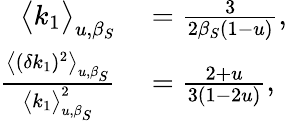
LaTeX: \begin{array}{rl}{\big<k_{1}\big>_{u,\beta_{S}}}&{{}=\frac{3}{2\beta_{S}(1-u)},}\\ {\frac{\big<(\delta k_{1})^{2}\big>_{u,\beta_{S}}}{\big<k_{1}\big>_{u,\beta_{S}}^{2}}}&{{}=\frac{2+u}{3(1-2u)},}\end{array}